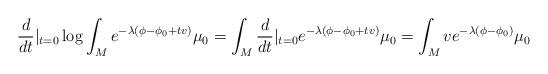
LaTeX: \begin{align*} \frac{d}{dt}|_{t=0} \log \int_M e^{-\lambda(\phi-\phi_0 + tv)}\mu_0 = \int_M \frac{d}{dt}|_{t=0} e^{-\lambda (\phi-\phi_0 + tv)} \mu_0 = \int_M v e^{-\lambda (\phi-\phi_0)} \mu_0 \end{align*}